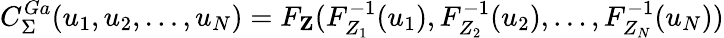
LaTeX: C_{\Sigma}^{Ga}(u_{1},u_{2},\dotsc,u_{N})=F_{\textbf{Z}}(F_{Z_{1}}^{-1}(u_{1}),F_{Z_{2}}^{-1}(u_{2}),\dotsc,F_{Z_{N}}^{-1}(u_{N}))